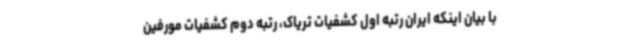
با بیان اینکه ایران رتبه اول کشفیات تریاک، رتبه دوم کشفیات مورفین